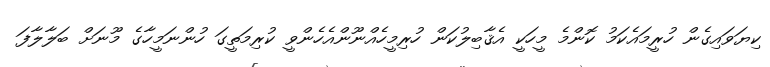
ކިޔަވައިގެން ހުރީމައެކަމު ކޮންމެ މީހަކީ އެޤާބިލުކަން ހުރިމީހެއްނޫންއެހެންވީ ކުރިމަތީގަ ހުންނަމީހާގެ މޫނަށް ބަލާލާފަ